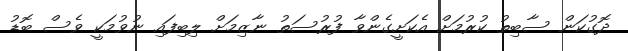
ދޮގުކަން ސާބިތު ކުރުމަށް އެކަށީގެންވާ ފުރުސަތު ނާޒިމަށް ލިބިފައި ނުވުމަކީ ވެސް ބޮޑު